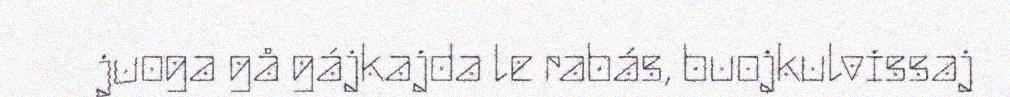
juoga gå gájkajda le rabás, buojkulvissaj